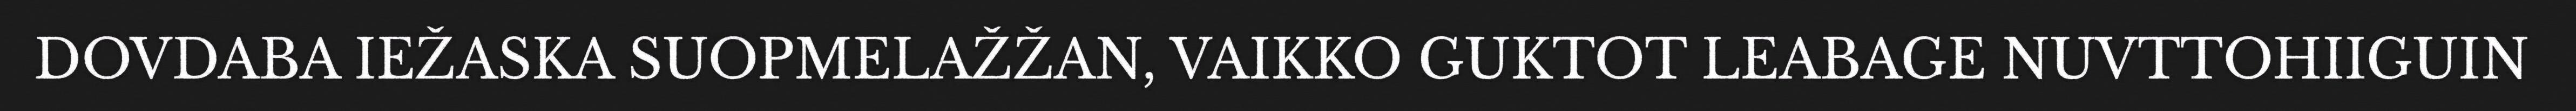
DOVDABA IEŽASKA SUOPMELAŽŽAN, VAIKKO GUKTOT LEABAGE NUVTTOHIIGUIN